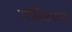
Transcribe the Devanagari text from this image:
मॉनिटरवर